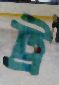
ট্র